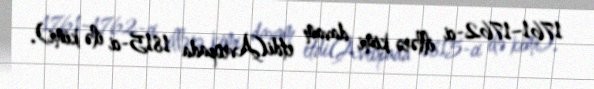
1761–1762-ci illərə kimi davam etdi(Avropada 1815-ci ilə kimi).